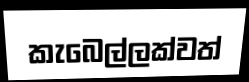
කැබෙල්ලක්වත්